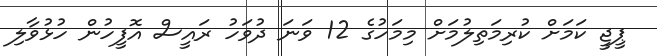
ޕީޖީ ކަމަށް ކުރިމަތިލުމަށް މިމަހުގެ 12 ވަނަ ދުވަހު ރައީސް އޮފީހުން ހުޅުވާލި